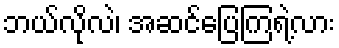
ဘယ်လိုလဲ၊ အဆင်ပြေကြရဲ့လား